Notes on the propagation and cultivation of the medicinal cinchonas, or Peruvian bark trees
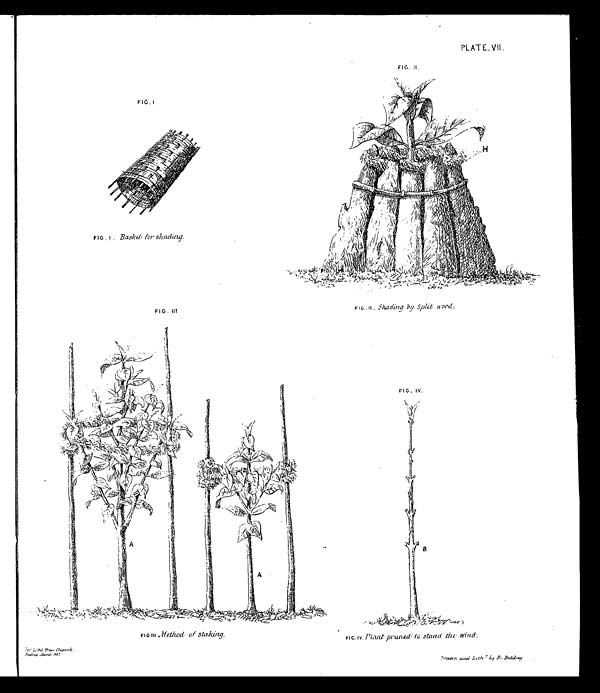
PLATE.VII.
FIG. II.
FIG.I
FIG. 1 . Basket for shading.
FIG. III
FIG. IV.
FIG. IV. Plant pruned; to stand the Wind.
Gov Litho Press Chepauk:
Madras March 1867
,
b y R . B a l d r e y
FIG .II . Shading by Split wood,
FIG III Method of staking.